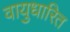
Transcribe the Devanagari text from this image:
वायुधारित